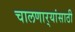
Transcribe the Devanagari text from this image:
चालणार्‍यांसाठी